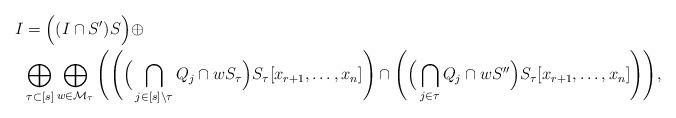
LaTeX: \begin{align*}I & =\Big((I\cap S')S\Big)\oplus\\ & \bigoplus_{\tau\subset [s]}\bigoplus_{w\in \mathcal{M}_{\tau}}\Bigg(\Bigg(\Big(\bigcap_{j\in [s]\setminus \tau}Q_j\cap wS_{\tau}\Big)S_{\tau}[x_{r+1}, \ldots, x_n]\Bigg) \cap \Bigg(\Big(\bigcap_{j\in \tau}Q_j\cap wS''\Big)S_{\tau}[x_{r+1}, \ldots, x_n]\Bigg)\Bigg),\end{align*}